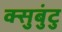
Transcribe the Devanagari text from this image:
क्सुबुंटु